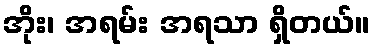
အိုး၊ အရမ်း အရသာ ရှိတယ်။